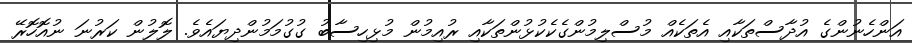
އަންހެނުންގެ އުދާސްތަކާއި އެތަކެއް މުސްލިމުންގެކެކުޅުންތަކާއި ރުއިމުން މުޅިހިސާބު ގުގުމަމުންދިޔައެވެ. ލޮލުން ކަރުނަ ނުއޮހޮރޭ